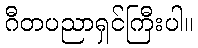
ဂီတပညာရှင်ကြီးပါ။